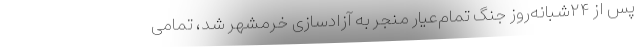
پس از ۲۴شبانه‌روز جنگ تمام‌عیار منجر به آزادسازی خرمشهر شد، تمامی